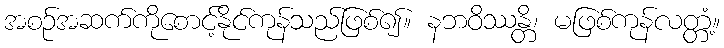
အစဉ်အဆက်ကိုစောင့်နိုင်ကုန်သည်ဖြစ်၍။ နဘဝိဿန္တိ၊ မဖြစ်ကုန်လတ္တံ့။